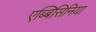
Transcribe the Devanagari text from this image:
एब्बिसिनिया